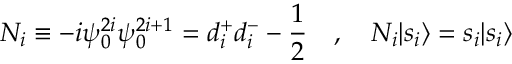
N _ { i } \equiv - i \psi _ { 0 } ^ { 2 i } \psi _ { 0 } ^ { 2 i + 1 } = d _ { i } ^ { + } d _ { i } ^ { - } - \frac { 1 } { 2 } ~ ~ ~ , ~ ~ ~ N _ { i } | { s _ { i } } \rangle = s _ { i } | { s _ { i } } \rangle